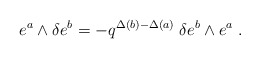
\begin{align*}e^a\wedge \delta e^b=-q^{\Delta(b) -\Delta(a)} \;\delta e^b\wedge e^a \;.\end{align*}